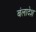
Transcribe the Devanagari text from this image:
बंलादेश